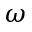
\omega